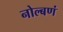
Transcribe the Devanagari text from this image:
नोल्बणं